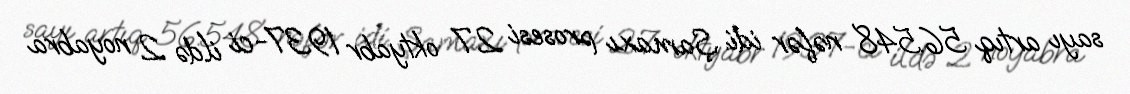
sayı artıq 56.548 nəfər idi. Şamaxı prosesi 27 oktyabr 1937-ci ildə 2 noyabra